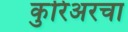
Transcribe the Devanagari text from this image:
कुरिअरचा